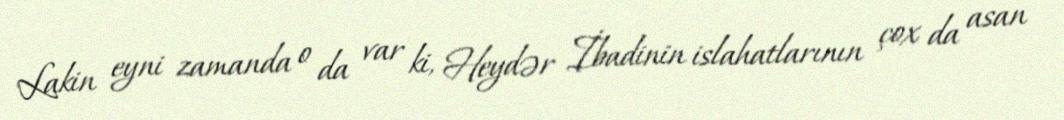
Lakin eyni zamanda o da var ki, Heydər İbadinin islahatlarının çox da asan